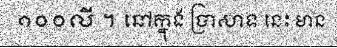
១០០លី ។ នៅក្នុង ប្រាសាទ នេះ មាន